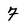
Character: 7